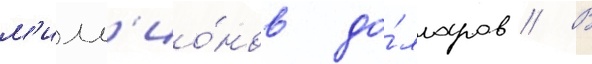
м'илл'ио́нов до́лларов // В